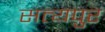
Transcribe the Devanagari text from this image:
सत्यपुर